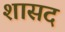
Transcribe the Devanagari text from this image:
शासद